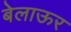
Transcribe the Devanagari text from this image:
बेलाऊर